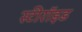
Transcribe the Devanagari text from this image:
स्टीरॉइड